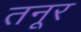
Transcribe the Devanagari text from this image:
तनूर